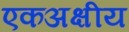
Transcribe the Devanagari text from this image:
एकअक्षीय